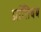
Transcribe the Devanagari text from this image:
प्रतििबब